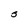
Character: s